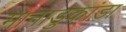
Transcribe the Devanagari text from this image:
मानाडुकांडा